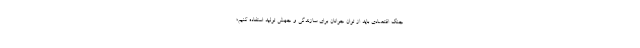
جنگ اقتصادی باید از توان جوانان برای سازندگی و جهش تولید استفاده کنیم؛